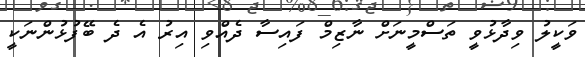
ވަކީލު ވިދާޅުވީ ތަސްމީނަށް ނާޒިމް ފައިސާ ދެއްވި އިރު އެ ދެ ބޭފުޅުންނަކީ